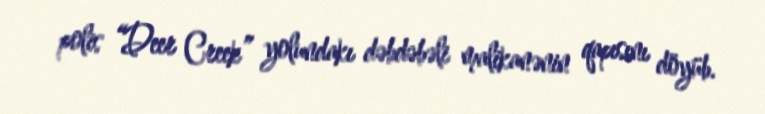
polis “Deer Creek” yolundakı dəbdəbəli malikanənin qapısını döyüb.